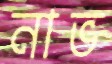
নাভ